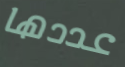
عددها